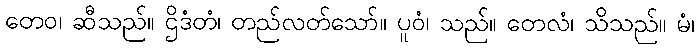
တေဝ၊ ဆီသည်။ ဌိဒံတံ၊ တည်လတ်သော်။ ပူဝံ၊ သည်။ တေလံ၊ သိသည်။ မံ၊